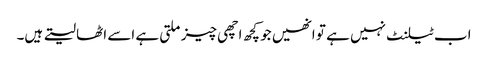
اب ٹیلنٹ نہیں ہے تو انھیں جو کچھ اچھی چیز ملتی ہے اسے اٹھا لیتے ہیں۔